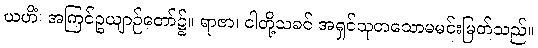
ယဟိံ၊ အကြင်ဥယျာဉ်တော်၌။ ရာဇာ၊ ငါတို့သခင် အရှင်သုတသောမမင်းမြတ်သည်။